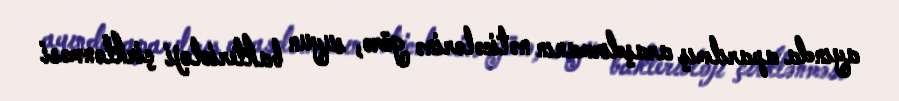
ayında aparılmış araşdırmanın nəticələrinə görə, suyun bakterioloji çirklənməsi